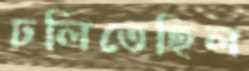
ঢলিতেছিল